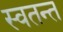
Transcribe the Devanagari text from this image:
स्वतन्त